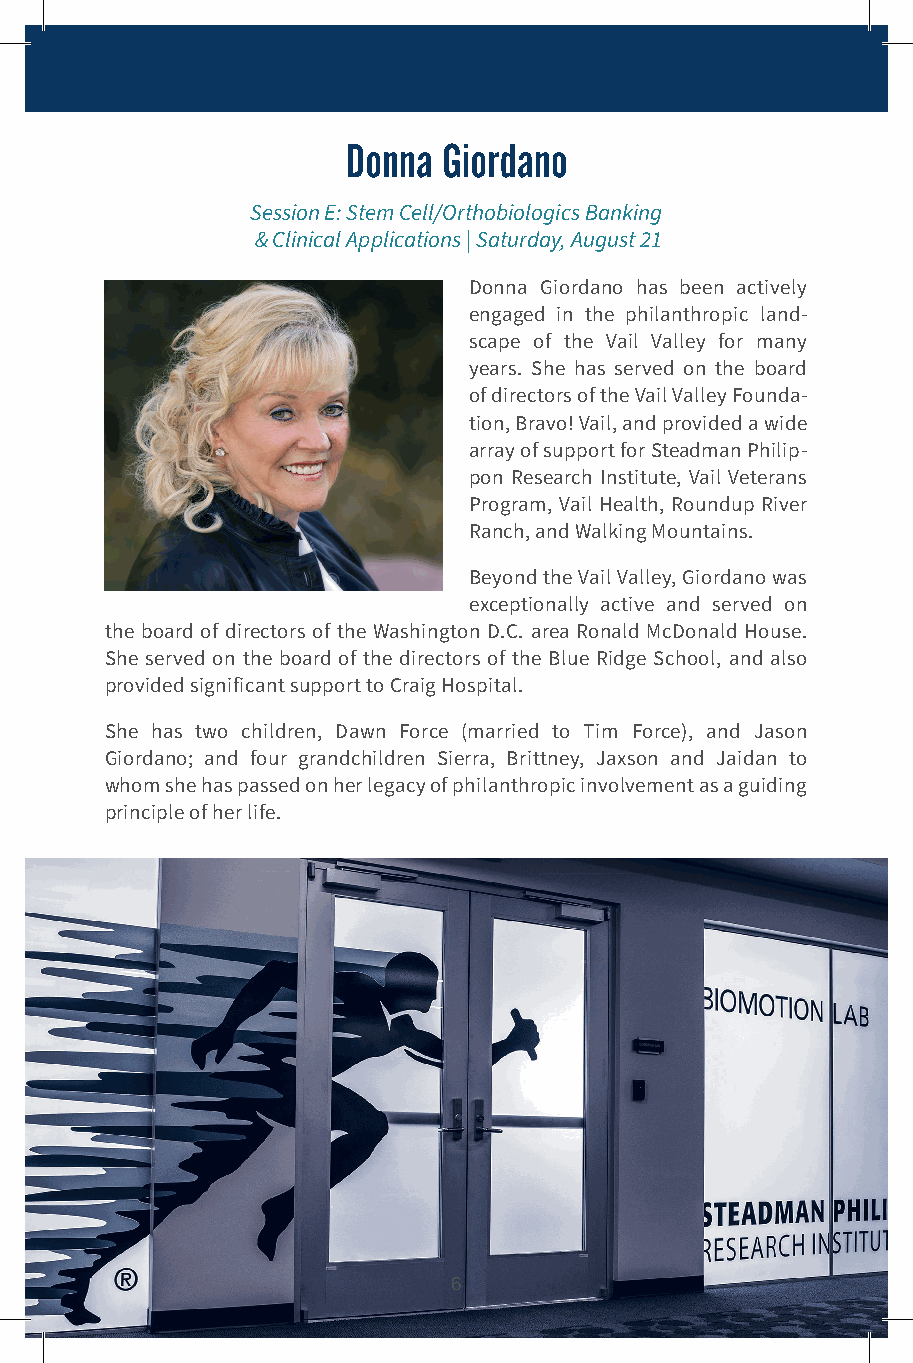
Donna Giordano
 Session E: Stem Cell/Orthobiologics Banking
 & Clinical Applications | Saturday, August 21
 Donna Giordano has been actively
 engaged in the philanthropic land-
 scape of the Vail Valley for many
 years. She has served on the board
 of directors of the Vail Valley Founda-
 tion, Bravo! Vail, and provided a wide
 array of support for Steadman Philip-
 pon Research Institute, Vail Veterans
 Program, Vail Health, Roundup River
 Ranch, and Walking Mountains.
 Beyond the Vail Valley, Giordano was
 exceptionally active and served on
 the board of directors of the Washington D.C. area Ronald McDonald House.
 She served on the board of the directors of the Blue Ridge School, and also
 provided significant support to Craig Hospital.
 She has two children, Dawn Force (married to Tim Force), and Jason
 Giordano; and four grandchildren Sierra, Brittney, Jaxson and Jaidan to
 whom she has passed on her legacy of philanthropic involvement as a guiding
 principle of her life.
 6